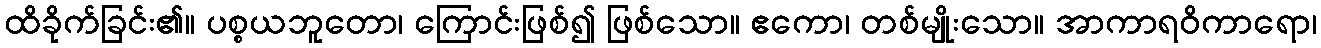
ထိခိုက်ခြင်း၏။ ပစ္စယဘူတော၊ ကြောင်းဖြစ်၍ ဖြစ်သော။ ဧကော၊ တစ်မျိုးသော။ အာကာရဝိကာရော၊